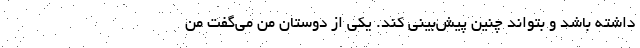
داشته باشد و بتواند چنین پیش‌بینی کند. یکی از دوستان من می‌گفت من